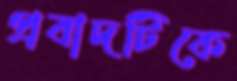
প্রবাদটিকে